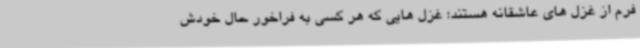
فرم از غزل های عاشقانه هستند؛ غزل هایی که هر کسی به فراخور حال خودش